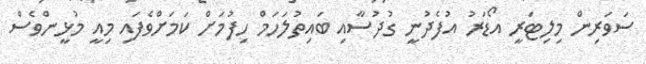
ސަވަރިން މިލިޓަރީ އޯޑަރު އުފެދުނީ ގުދުސާއި ބައިތުލަހަމް ހިފުމަށް ކަމަށްވެފައި މިއީ މުޅީންވެސް